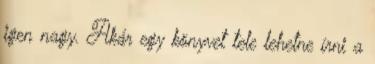
igen nagy. Akár egy könyvet tele lehetne írni a